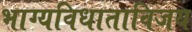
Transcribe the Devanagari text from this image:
भाग्यविधाताविजय